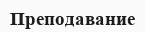
Преподавание